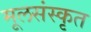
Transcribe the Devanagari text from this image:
मूलसंस्कृत